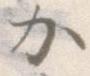
か